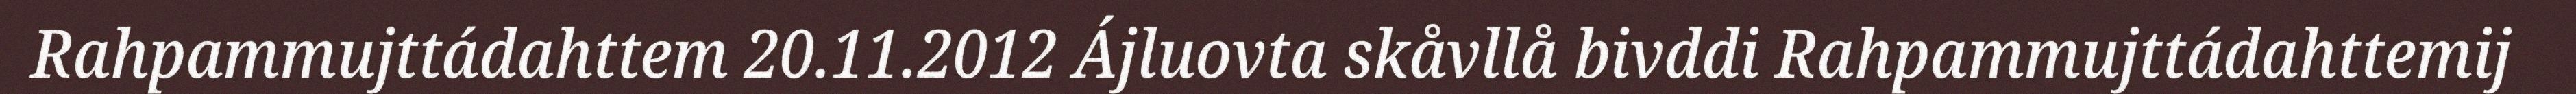
Rahpammujttádahttem 20.11.2012 Ájluovta skåvllå bivddi Rahpammujttádahttemij